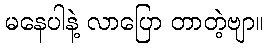
မနေပါနဲ့ လာပြော တာတဲ့ဗျာ။